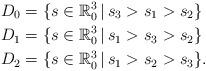
LaTeX: \begin{align*}D_0 & = \{ s \in \mathbb{R}_{0}^{3} \, | \, s_3 > s_1 > s_2 \} \\D_1 & = \{ s \in \mathbb{R}_{0}^{3} \, | \, s_1 > s_3 > s_2 \} \\D_2 & = \{ s \in \mathbb{R}_{0}^{3} \, | \, s_1 > s_2 > s_3 \}.\end{align*}